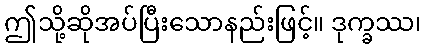
ဤသို့ဆိုအပ်ပြီးသောနည်းဖြင့်။ ဒုက္ခဿ၊